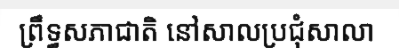
ព្រឹទ្ធសភាជាតិ នៅសាលប្រជុំសាលា